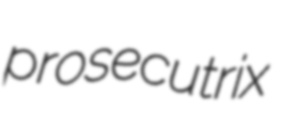
prosecutrix